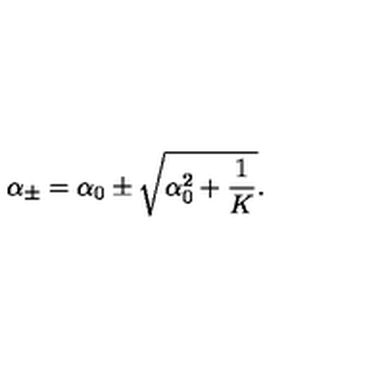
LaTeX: { \alpha } _ { \pm } = { \alpha } _ { 0 } \pm \sqrt { { \alpha } _ { 0 } ^ { 2 } + { \frac { 1 } { K } } } { } .